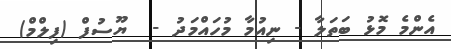
އެންމެ މޮޅު ބަތަލާ - ނިއުމާ މުހައްމަދު -  ޔޫސުފް (ފިލްމް)